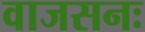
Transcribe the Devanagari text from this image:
वाजसनः